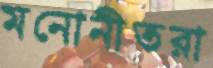
মনোনীতরা